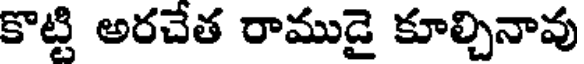
కొట్టి అరచేత రాముడై కూల్చినావు